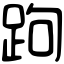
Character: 跔